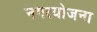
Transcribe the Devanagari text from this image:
नगरयोजना